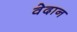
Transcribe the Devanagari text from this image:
वेदान